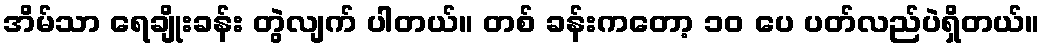
အိမ်သာ ရေချိုးခန်း တွဲလျက် ပါတယ်။ တစ် ခန်းကတော့ ၁၀ ပေ ပတ်လည်ပဲရှိတယ်။